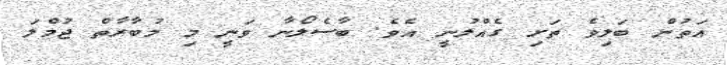
އަތުން ބަލިވެ ތަށި ގެއްލުނީ އެވެ. ބާސެލޯނާ ވަނީ މި މުބާރާތް ޖުމްލަ